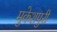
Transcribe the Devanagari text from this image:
मुकेशपुरी